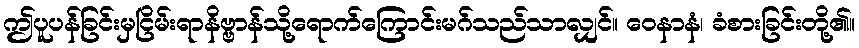
ဤပူပန်ခြင်းမှငြိမ်းရာနိဗ္ဗာန်သို့ရောက်ကြောင်းမဂ်သည်သာလျှင်။ ဝေနာနံ၊ ခံစားခြင်းတို့၏။